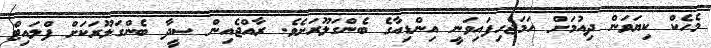
މެހެކް ކިޔަވަން ދިއުމަށް ހަމަޖެހިފައިވަނީ އިންޑިއާގެ ބެންގަލޫރަށެވެ. ރާއްޖެއިން ސީދާ ބެންގަލޫރަކަށް ފްލައިޓް